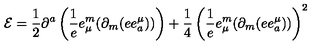
{ \cal E } = \frac { 1 } { 2 } \partial ^ { a } \left( \frac { 1 } { e } e _ { \mu } ^ { m } ( \partial _ { m } ( e e _ { a } ^ { \mu } ) ) \right) + \frac { 1 } { 4 } \left( \frac { 1 } { e } e _ { \mu } ^ { m } ( \partial _ { m } ( e e _ { a } ^ { \mu } ) ) \right) ^ { 2 }